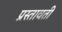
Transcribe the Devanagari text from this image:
प्रस्तावती